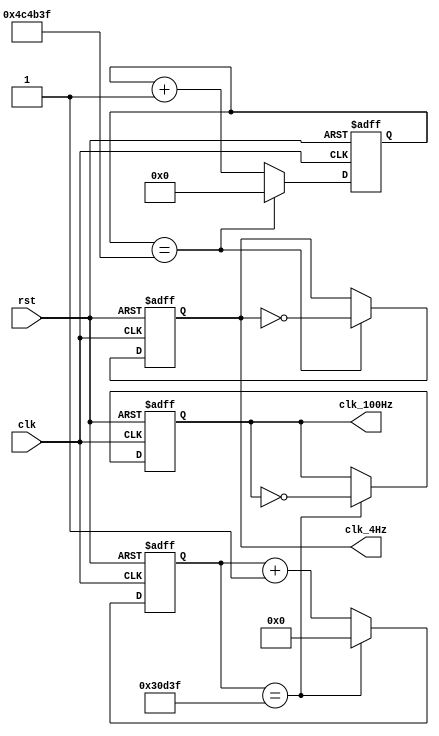
module clk_generator(
    clk,
	 rst,
	 clk_4Hz,
	 clk_100Hz
    );
    
	 input clk;
	 input rst;
	 output reg clk_4Hz;
	 output reg clk_100Hz;
	 
	 reg [17:0]count_200K,count_200K_next;
	 reg [22:0]count_5M,count_5M_next;
	 reg clk_4Hz_next;
	 reg clk_100Hz_next;
	 
	 
	 always@*
	 begin
	 if(count_200K==199999)
	 begin
	 count_200K_next=18'd0;
	 clk_100Hz_next=~clk_100Hz;
	 end
	 
	 else
	 begin
	 count_200K_next=count_200K+1'b1;
	 clk_100Hz_next=clk_100Hz;
	 end
	 end
	 
	 always@(posedge clk or posedge rst)
	 begin 
	 
	 if(rst)
    begin
    count_200K<=18'd0;
    clk_100Hz<=1'b0;
	 end
	 else
	 begin
	 count_200K<=count_200K_next;
	 clk_100Hz<=clk_100Hz_next;
	 end
	 end
	 
	 always@*
	 begin 
	 if(count_5M==4999999)
	 begin
	 count_5M_next=23'd0;
	 clk_4Hz_next=~clk_4Hz;
	 end
	 
	 else
	 begin
	 count_5M_next=count_5M+1'b1;
	 clk_4Hz_next=clk_4Hz;
	 end
	 end
	 
	 always@(posedge clk or posedge rst)
	 begin
	 if(rst)
    begin
    count_5M<=23'd0;
    clk_4Hz<=1'b0;
	 end
	 else
	 begin
	 count_5M<=count_5M_next;
	 clk_4Hz<=clk_4Hz_next;
	 end
	 end
endmodule